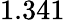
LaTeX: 1.341